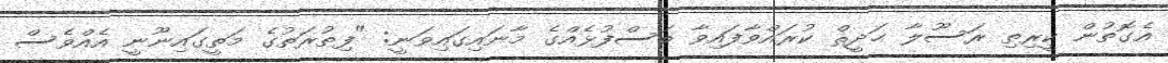
އެގޮތުން ކީރިތި ރަސޫލާ ޙަދީޘް ކުރައްވާފައިވާ ބަސްފުޅެއްގެ މާނައިގައިވަނީ: "ފިޠުރަތުގެ މަތީގައިނޫނީ އެއްވެސް